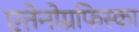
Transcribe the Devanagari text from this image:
एतेनोग्रफिस्का